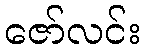
ဇော်လင်း